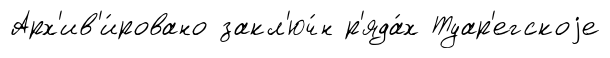
Арх'ив'и́ровано закл'юч́н р'яда́х Туар'егскоjе